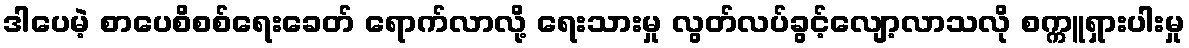
ဒါပေမဲ့ စာပေစိစစ်ရေးခေတ် ရောက်လာလို့ ရေးသားမှု လွတ်လပ်ခွင့်လျော့လာသလို စက္ကူရှားပါးမှု